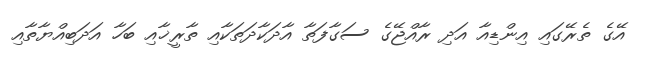
އޭގެ ތެރޭގައި އިންޑިއާ އަދި ރާއްޖޭގެ ސަގާފަތާ އާދަކާދަތަކާއި ތާރީޚާއި ބަހާ އަދަބިއްޔާތާއި